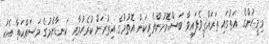
މިމީހުންގެ އަތުގައި ތަރައްޤީވެފައިވާ ބަސްމޮށުންތެރިކަން އޮތުމުގެ އިތުރަށް ކުރެހުމާއި ކަނޑާނެމުގެ މަސައްކަތާ އެކު